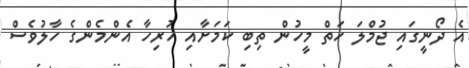
އެ ދޯނީގައި ޖުމްލަ ހަތް މީހުން ތިބި ކަމަށާއި ހުރިހާ އެންމެންގެ ހާލުވެސް